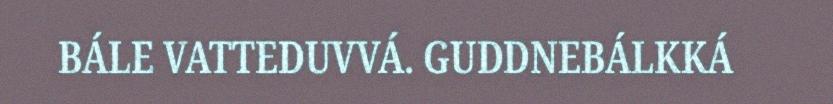
BÁLE VATTEDUVVÁ. GUDDNEBÁLKKÁ